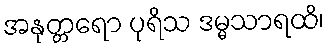
အနုတ္တရော ပုရိသ ဒမ္မသာရထိ၊